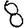
Digit: 8